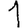
Digit: 1